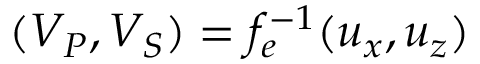
( V _ { P } , V _ { S } ) = f _ { e } ^ { - 1 } ( { u _ { x } } , { u _ { z } } )